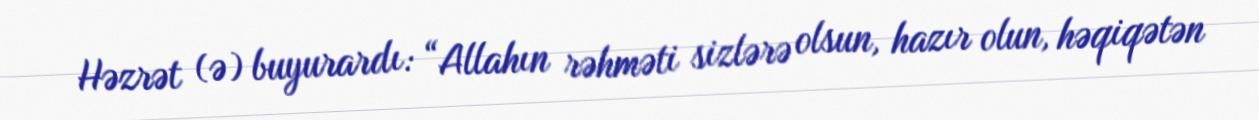
Həzrət (ə) buyurardı: “Allahın rəhməti sizlərə olsun, hazır olun, həqiqətən